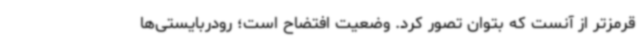
قرمزتر از آنست که بتوان تصور کرد. وضعیت افتضاح است؛ رودربایستی‌ها